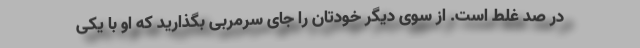
در صد غلط است. از سوی دیگر خودتان را جای سرمربی بگذارید که او با یکی